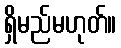
ရှိမည်မဟုတ်။